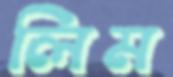
লিম